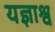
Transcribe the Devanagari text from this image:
यज्ञाश्व